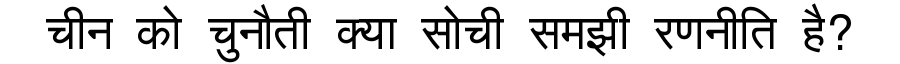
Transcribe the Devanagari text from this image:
चीन को चुनौती क्या सोची समझी रणनीति है?